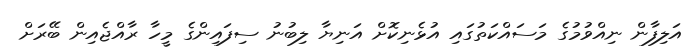
އަލިފާން ނިއްވުމުގެ މަސައްކަތުގައި އުޅެނިކޮށް އަނިޔާ ލިބުނު ސިފައިންގެ މީހާ ރާއްޖެއިން ބޭރަށް